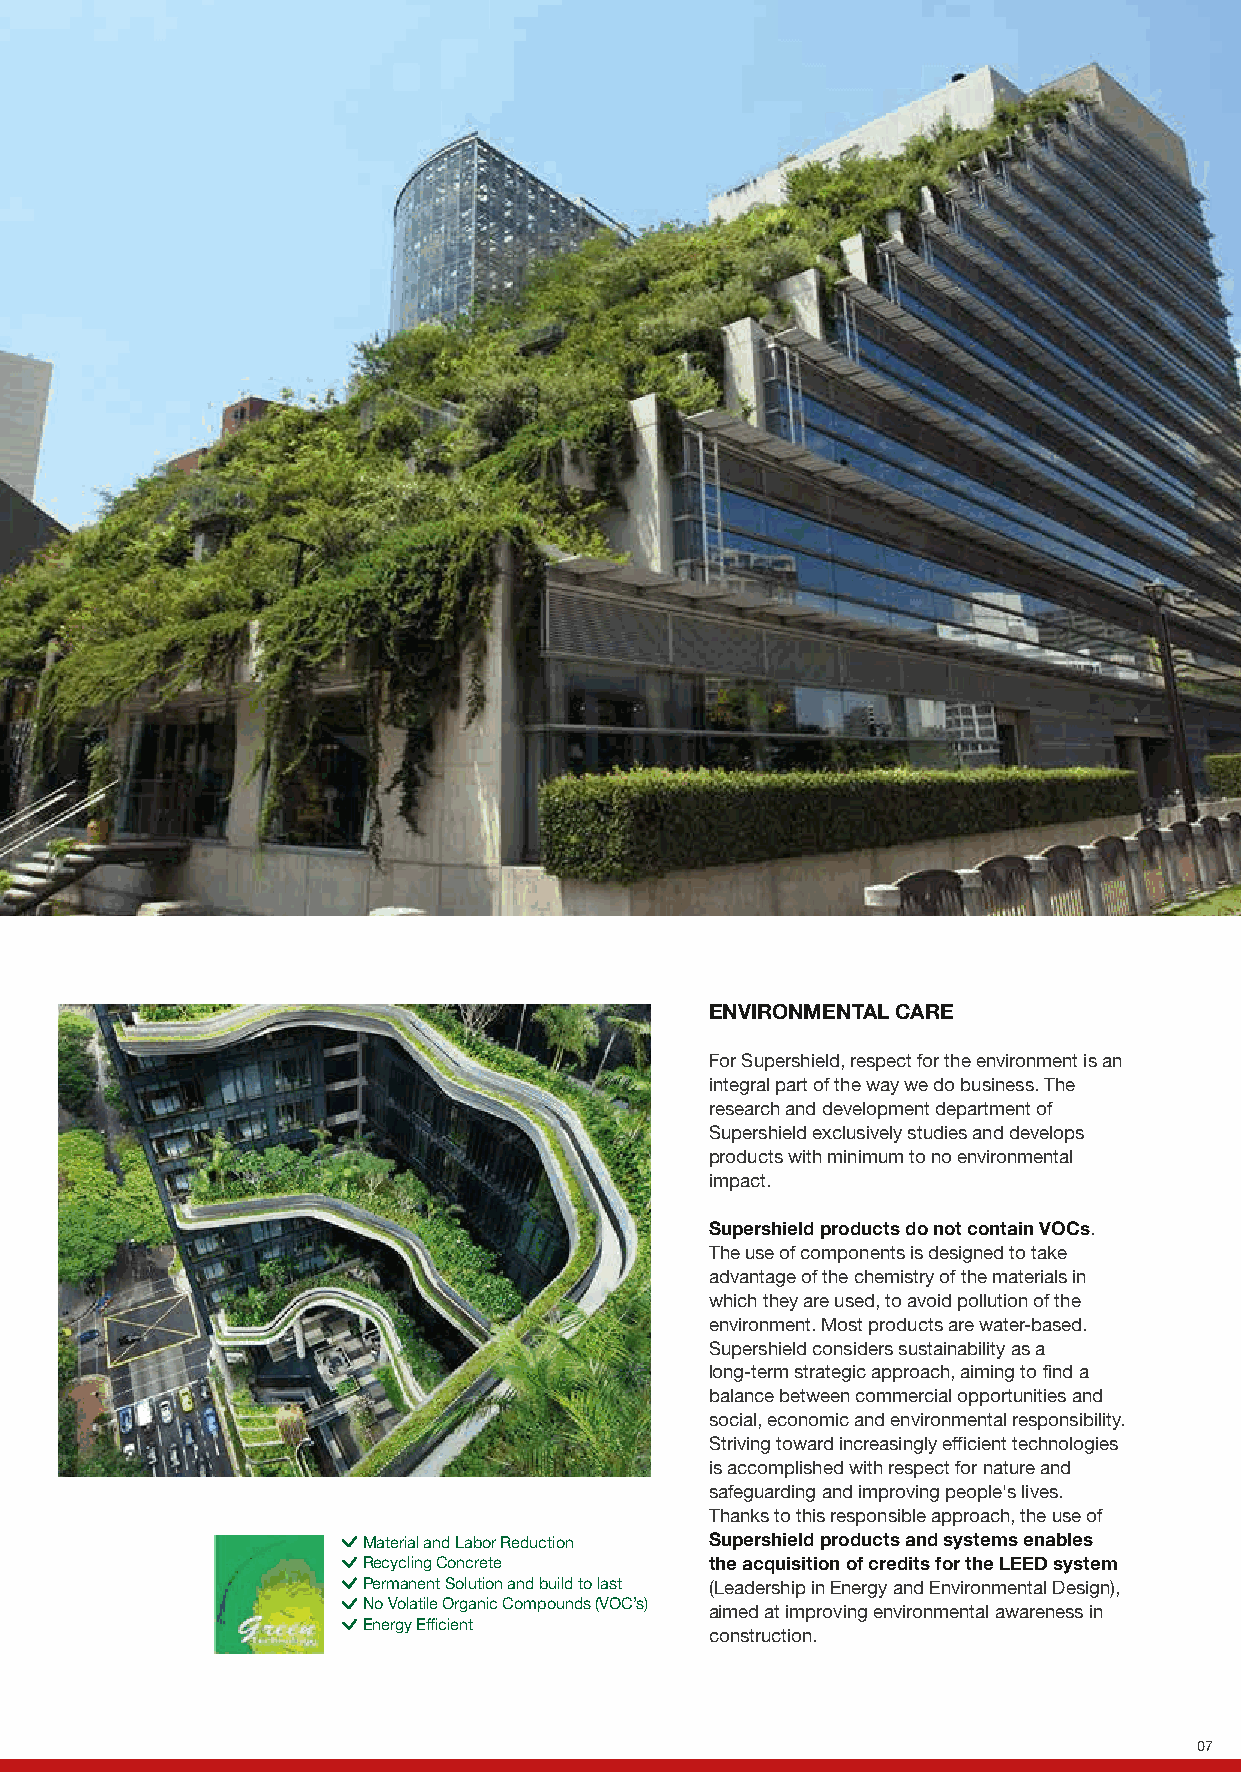
ENVIRONMENTAL CARE
 For Supershield, respect for the environment is an
 integral part of the way we do business. The
 research and development department of
 Supershield exclusively studies and develops
 products with minimum to no environmental
 impact.
 Supershield products do not contain VOCs.
 The use of components is designed to take
 advantage of the chemistry of the materials in
 which they are used, to avoid pollution of the
 environment. Most products are water-based.
 Supershield considers sustainability as a
 long-term strategic approach, aiming to find a
 balance between commercial opportunities and
 social, economic and environmental responsibility.
 Striving toward increasingly efficient technologies
 is accomplished with respect for nature and
 safeguarding and improving people's lives.
 Thanks to this responsible approach, the use of
 Material and Labor Reduction Supershield products and systems enables
 Recycling Concrete     the acquisition of credits for the LEED system
 Permanent Solution and build to last (Leadership in Energy and Environmental Design),
 No Volatile Organic Compounds (VOC’s)
 aimed at improving environmental awareness in
 Energy Efficient
 construction.
 07